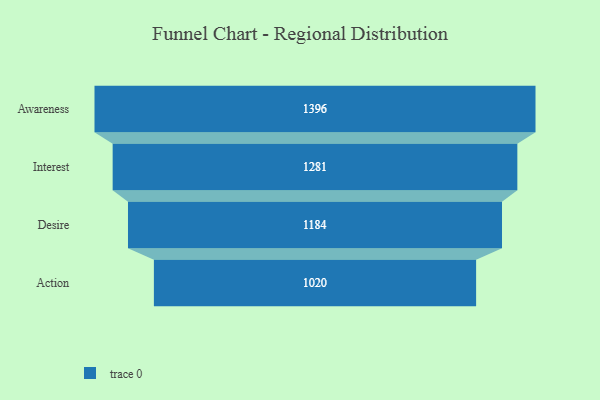
{"axis": {"x": "Stage", "y": "Value"}, "legend": [""], "data": [{"x": "Awareness", "y": 1396.0, "type": ""}, {"x": "Interest", "y": 1281.0, "type": ""}, {"x": "Desire", "y": 1184.0, "type": ""}, {"x": "Action", "y": 1020.0, "type": ""}]}